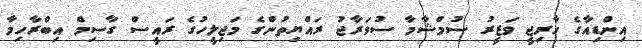
އިންޑިއާގެ ހާރިޖީ ވަޒީރު ސުމްޝާމާ ސުވަރާޖު ރައްޔިތުންގެ މަޖިލީހުގެ ރައީސް ގާސިމް އިބްރާހިމާ